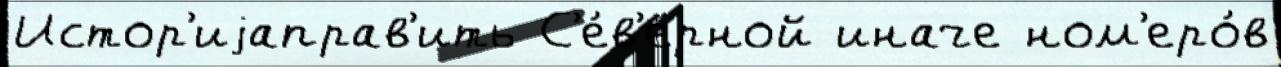
Истор'иjаправ'ить С'е́в'ерной иначе ном'еро́в